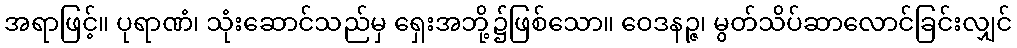
အရာဖြင့်။ ပုရာဏံ၊ သုံးဆောင်သည်မှ ရှေးအဘို့၌ဖြစ်သော။ ဝေဒနဉ္ဇ၊ မွတ်သိပ်ဆာလောင်ခြင်းလျှင်